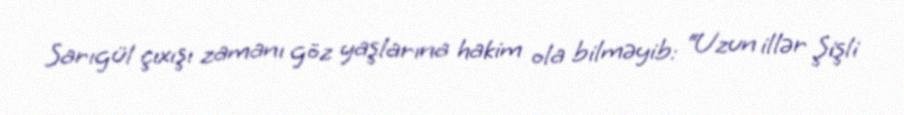
Sarıgül çıxışı zamanı göz yaşlarına hakim ola bilməyib: “Uzun illər Şişli